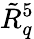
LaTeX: \tilde{R}_{{q}}^{5}